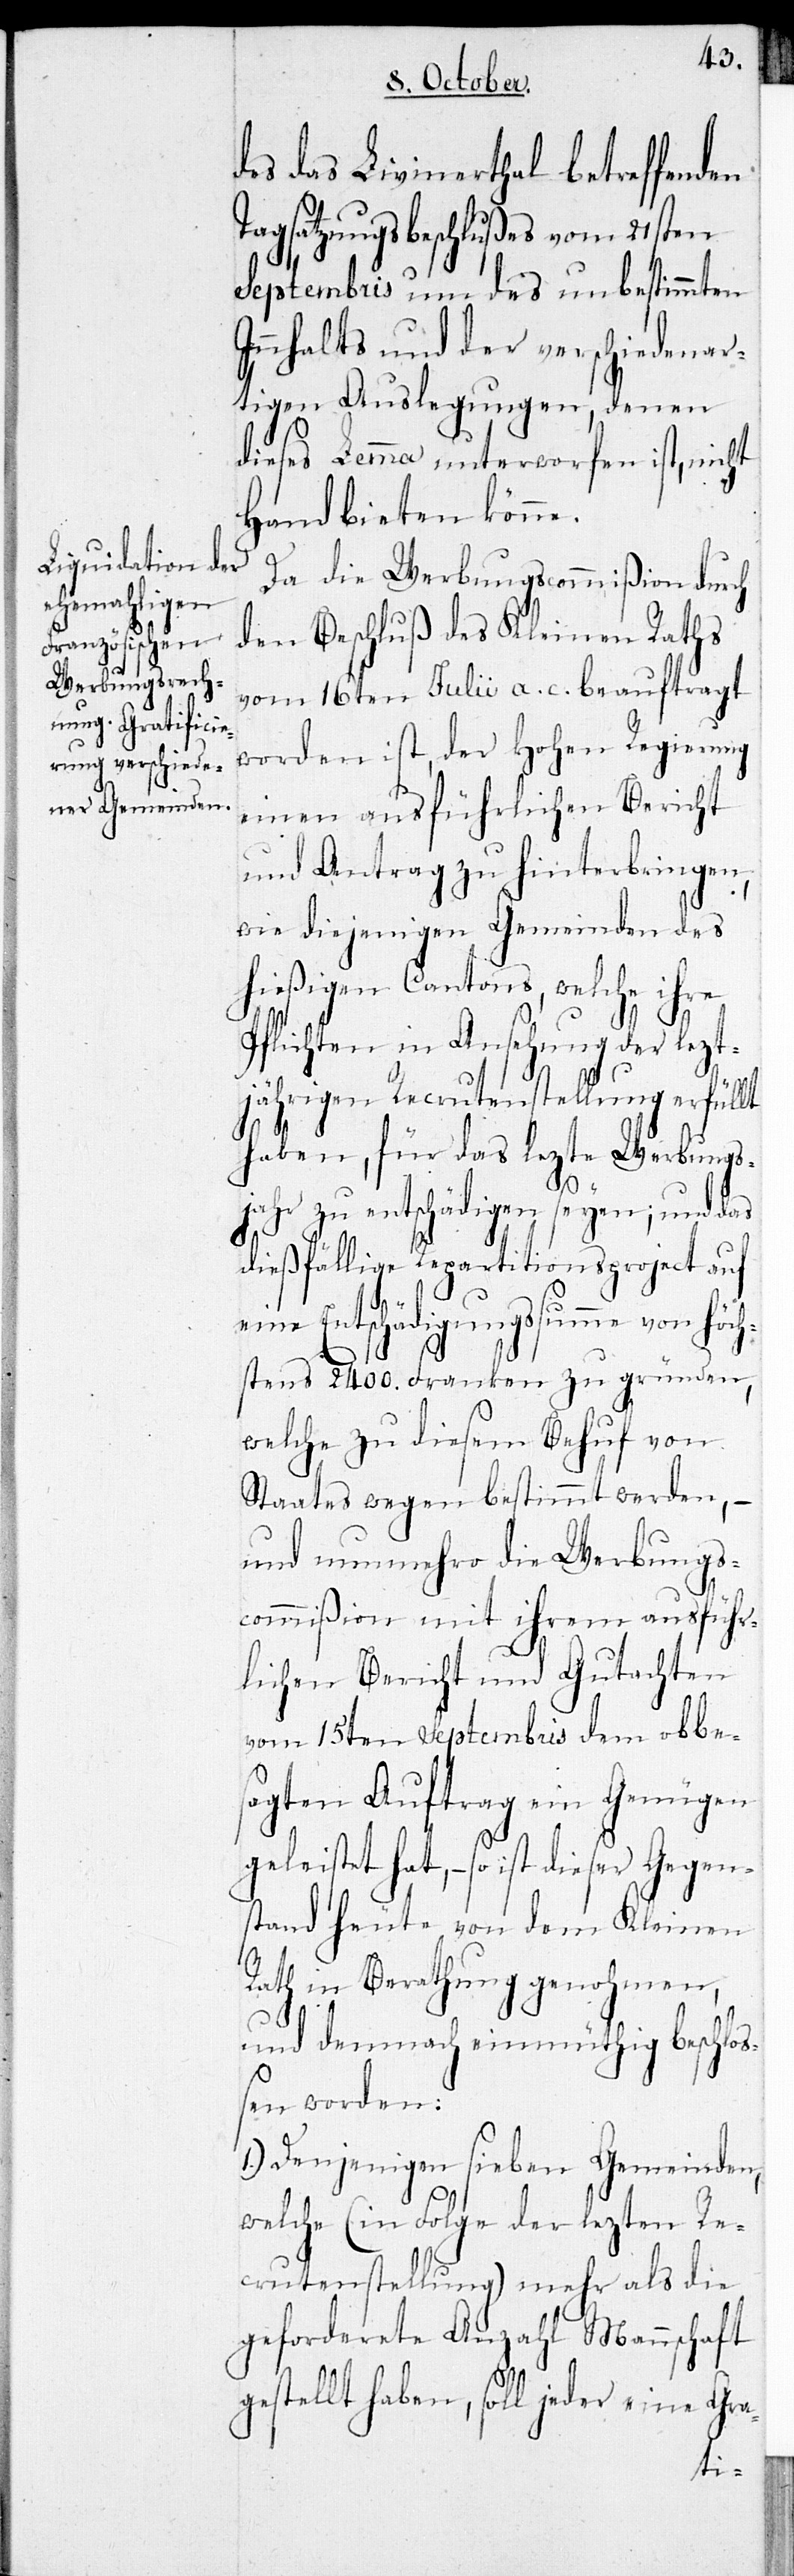
des das Livinerthal betreffenden
Tagsatzungsbeschlußes vom 21sten
Septembris um des unbestimmten
Innhalts und der verschiedenar¬
tigen Auslegungen, denen
dieses Lemma unterworfen ist, nicht
Hand bieten könne.
Da die Werbungscommißion durch
den Beschluß des Kleinen Raths
vom 16ten Julii a. c. beauftragt
worden ist, der Hohen Regierung
einen ausführlichen Bericht
und Antrag zu hinterbringen,
wie diejenigen Gemeinden des
hießigen Cantons, welche ihre
Pflichten in Ansehung der lezt¬
jährigen Recrutenstellung erfüllt
haben, für das lezte Werbungs¬
jahr zu entschädigen seyen; und das
dießfällige Repartitionsproject auf
Entschädigungssumme von höc¬
hstens 2400. Franken zu gründen,
welche zu diesem Behuf von
Staates wegen bestimmt werden,
und nunmehro die Werbungs¬
commißion mit ihrem ausführ¬
lichen Bericht und Gutachten
vom 15ten Septembris dem obbe¬
sagten Auftrag ein Genügen
geleistet hat, – so ist dieser Gegen¬
stand heute von dem Kleinen
Rath in Berathung genohmen,
und demnach einmüthig beschlo¬
ßen worden:
1.) Denjenigen sieben Gemeinden,
welche (in Folge der lezten Re¬
crutenstellung) mehr als die
geforderete Anzahl Mannschaft
gestellt haben, soll jeder eine Gra-